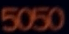
5050